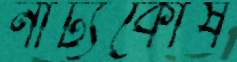
নাট্যকোষ